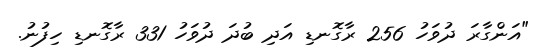
"އަންގާރަ ދުވަހު 256 ރާގޮނޑި އަދި ބުދަ ދުވަހު 331 ރާގޮނޑި ހިފުނު.